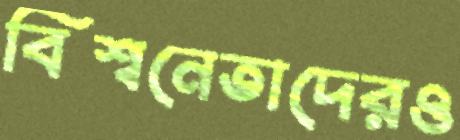
বিশ্বনেতাদেরও